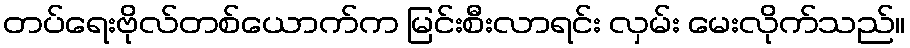
တပ်ရေးဗိုလ်တစ်ယောက်က မြင်းစီးလာရင်း လှမ်း မေးလိုက်သည်။